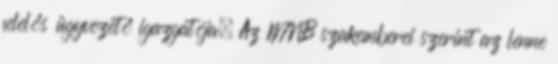
felelős ügyvezető igazgatója. Az MNB szakemberei szerint az lenne